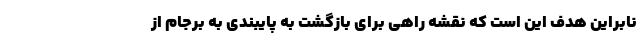
نابراین هدف این است که نقشه راهی برای بازگشت به پایبندی به برجام از